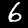
Label: 6